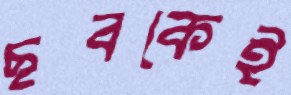
ছবকেই